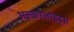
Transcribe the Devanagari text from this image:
अल्कोलॉइड्स